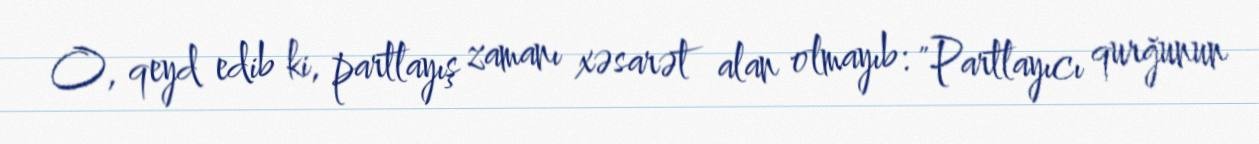
O, qeyd edib ki, partlayış zamanı xəsarət alan olmayıb: "Partlayıcı qurğunun